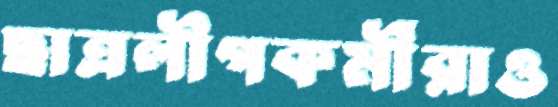
ছাত্রলীগকর্মীরাও